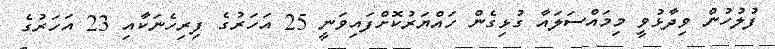
ފުލުހުން ވިދާޅުވީ މިމައްސަލައާ ގުޅިގެން ހައްޔަރުކޮށްފައިވަނީ 25 އަހަރުގެ ފިރިހެނަކާއި 23 އަހަރުގެ